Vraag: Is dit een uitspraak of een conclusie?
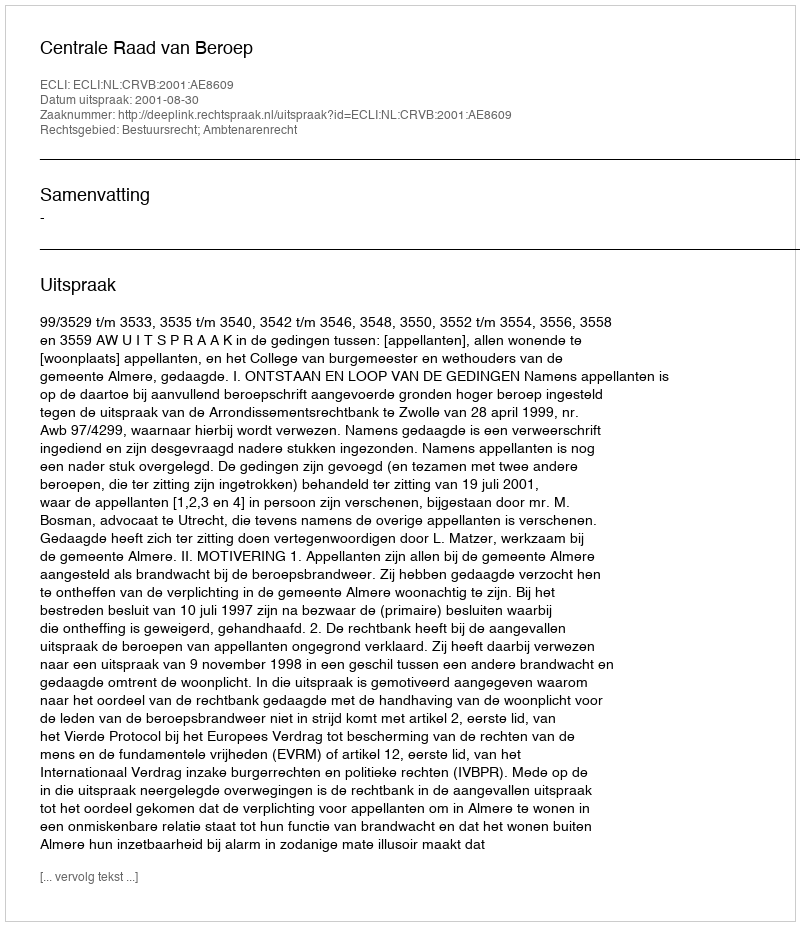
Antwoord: Uitspraak